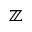
\mathbb { Z }